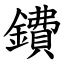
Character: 鐨